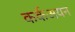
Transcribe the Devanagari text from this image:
कर्कअयन